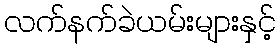
လက်နက်ခဲယမ်းများနှင့်